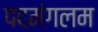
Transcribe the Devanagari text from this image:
पदमंगलम